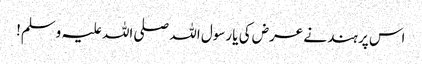
اس پر ہند نے عرض کی یا رسول اللہ صلی اللہ علیہ وسلم!